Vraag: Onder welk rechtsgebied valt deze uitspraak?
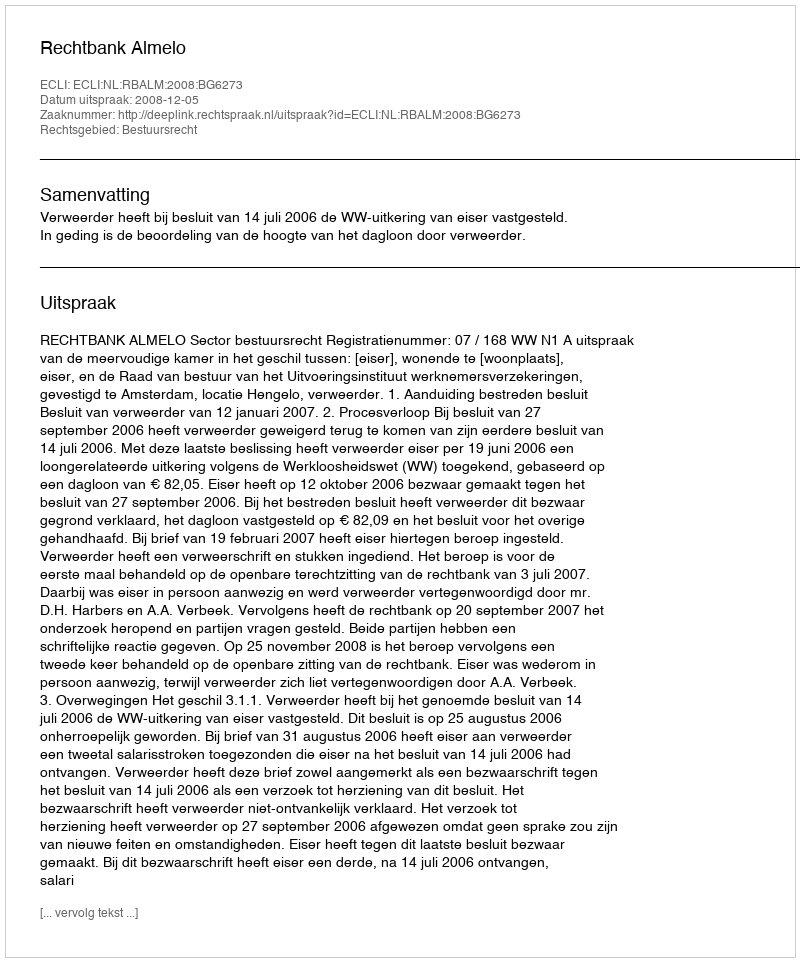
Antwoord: Bestuursrecht